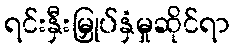
ရင်းနှီးမြှုပ်နှံမှုဆိုင်ရာ